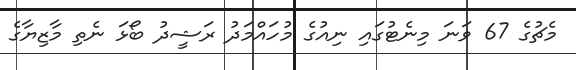
މެޗުގެ 67 ވަނަ މިނެޓުގައި ނިއުގެ މުހައްމަދު ރަޝީދު ބޯޅަ ނެތި މާޒިޔާގެ